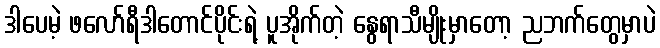
ဒါပေမဲ့ ဖလော်ရီဒါတောင်ပိုင်းရဲ့ ပူအိုက်တဲ့ နွေရာသီမျိုးမှာတော့ ညဘက်တွေမှာပဲ